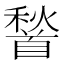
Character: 𮩦